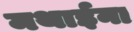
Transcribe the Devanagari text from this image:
मथाईना